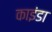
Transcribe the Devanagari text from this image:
काइंडा